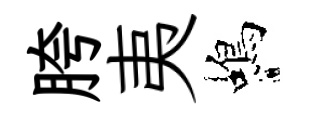
胯夷蝎